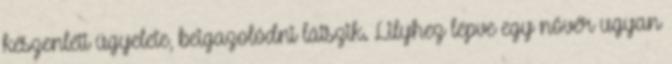
készenléti ügyelete, beigazolódni látszik. Lilyhez lépve egy nővér ugyan